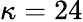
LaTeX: \kappa=24